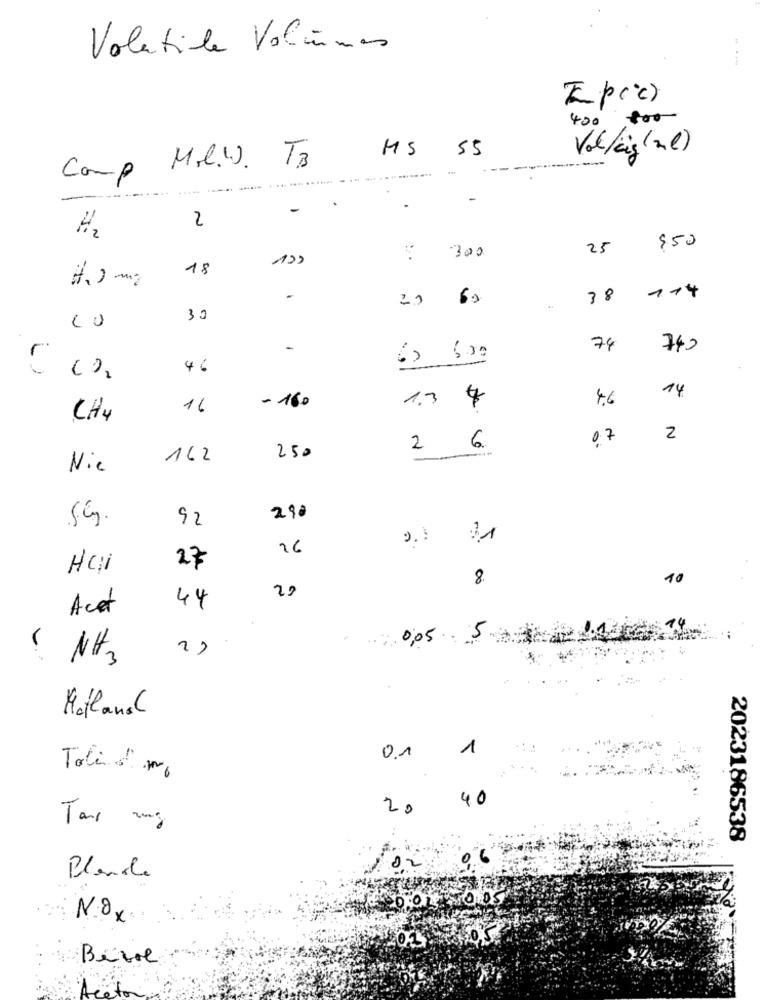
Volatile Volumes
Ipcc)
400
800
55
MS
Vol/king (nl)
Comp Mil .. TB
.........
-
2
H2
$50
300
25
18
114
-
20
60
3 º
33
-
74
740
(2 600
-
46
14
- 160
1.3
4.6
16
CH4
07
2
2
6
162
250
Nic
92
290
-.
26
HCi
27
8.
10
20
Acd
44
. 0,05
5
( NH3
Hofland
1
01
Tali d' mg
40
20
Taux mg
1-
2023186538
Planole
NOx
Berre
setor